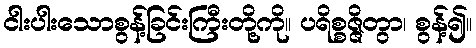
ငါးပါးသောစွန့်ခြင်းကြီးတို့ကို။ ပရိစ္စဇ္ဇိတွာ၊ စွန့်၍။